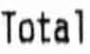
TOTAL